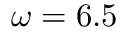
\omega = 6 . 5